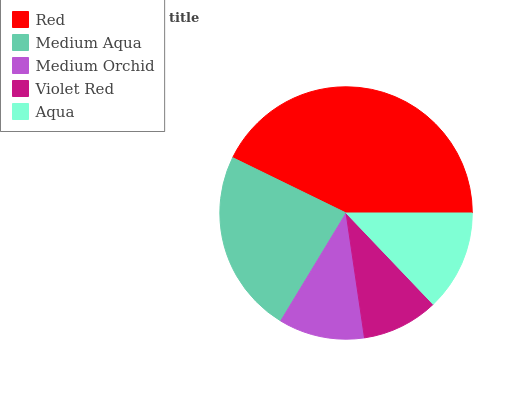
| Red | Medium Aqua | Medium Orchid | Violet Red | Aqua |
 | --- | --- | --- | --- | --- |
 | 42.8% | 23.5% | 11% | 9.79% | 12.9% |